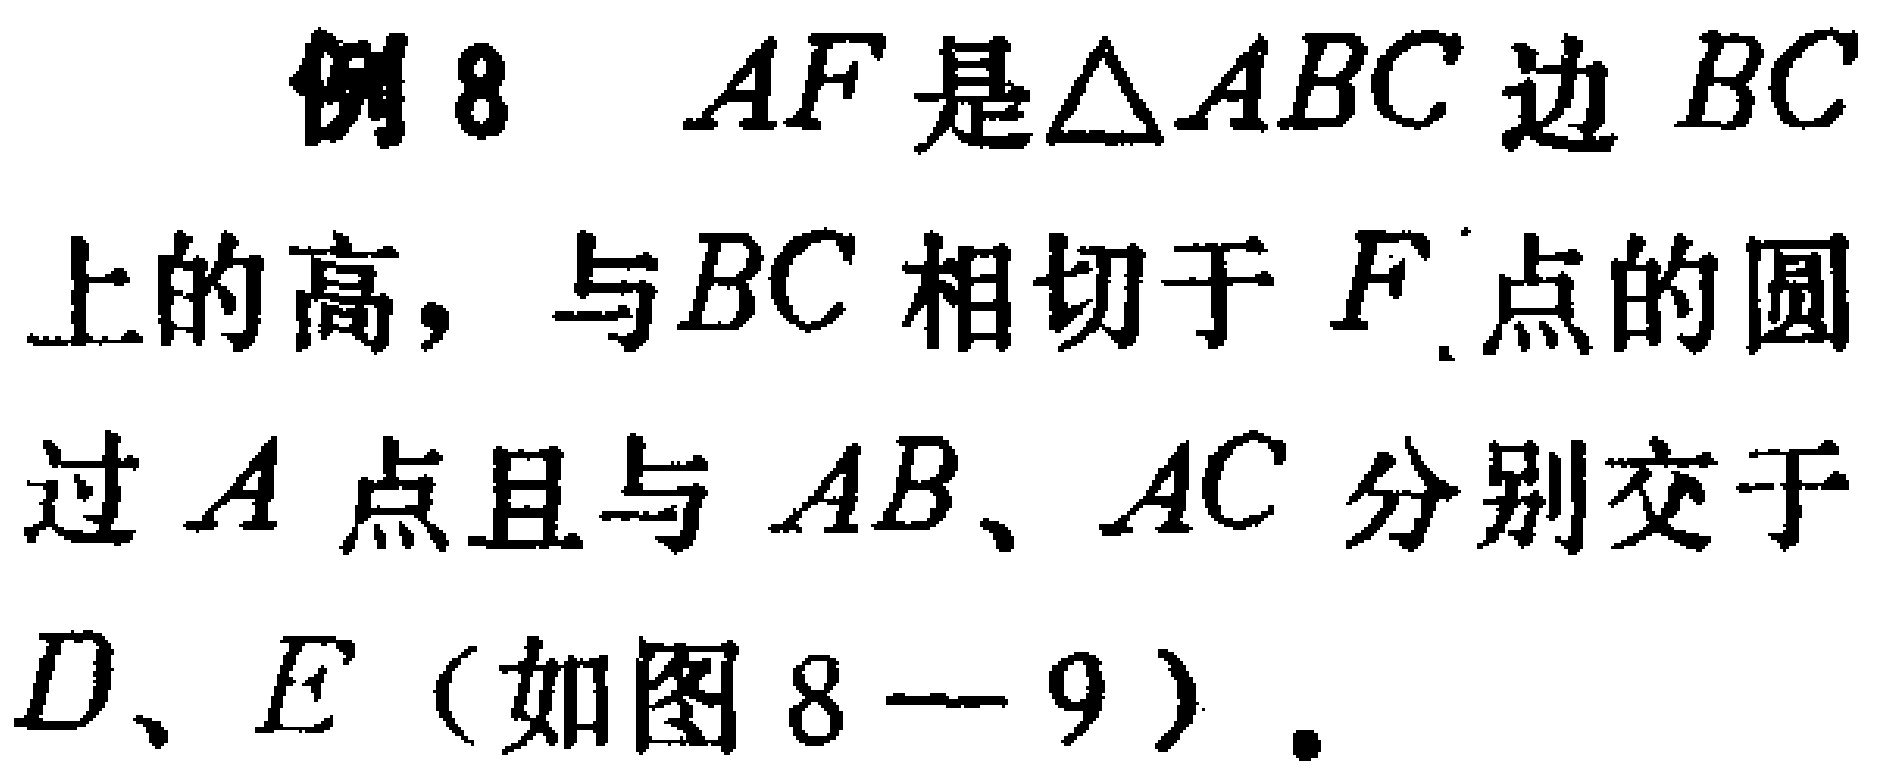
例8 $AF$是$\triangle ABC$边$BC$上的高，与$BC$相切于$F$点的圆过$A$点且与$AB$、$AC$分别交于$D、E$（如图8—9）.